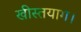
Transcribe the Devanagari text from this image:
खीस्तयाग।